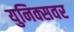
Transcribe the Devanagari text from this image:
युनिक्सवर